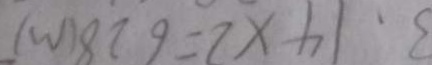
3 、 1 4 \times 2 = 6 2 8 ( m )